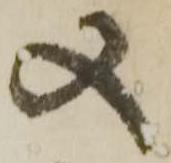
又